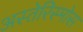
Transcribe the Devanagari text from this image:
अस्तेरिस्मोस